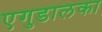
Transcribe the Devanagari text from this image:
एगुडालका